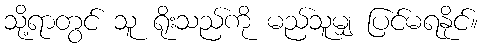
သို့ရာတွင် သူ ရိုးသည်ကို မည်သူမျှ ပြင်မရနိုင်။